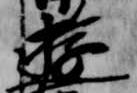
遊